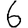
Digit: 6